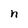
Character: n